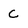
Character: c